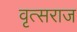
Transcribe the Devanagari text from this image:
वृत्सराज